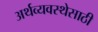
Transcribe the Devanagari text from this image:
अर्थव्यवस्थेसाठी